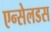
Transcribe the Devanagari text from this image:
एन्सेलडस